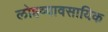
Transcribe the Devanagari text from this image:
लोहव्यावसायिक